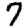
Digit: 7